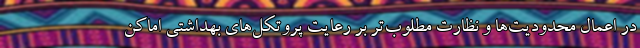
در اعمال محدودیت‌ها و نظارت مطلوب‌تر بر رعایت پروتکل‌های بهداشتی اماکن